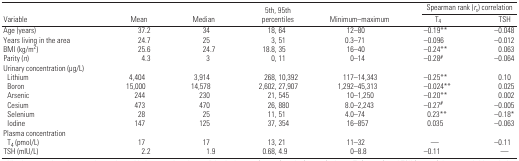
| <ROWSPAN=2> Variable | <ROWSPAN=2> Mean | <ROWSPAN=2> Median | <ROWSPAN=2> 5th, 95th percentiles | <ROWSPAN=2> Minimum–maximum | <COLSPAN=2> Spearman rank (rs) correlation |
 | T4 | TSH |
 | --- | --- | --- | --- | --- | --- | --- |
 | Age (years) | 37.2 | 34 | 18, 64 | 12–80 | −0.19** | −0.048 |
 | Years living in the area | 24.7 | 25 | 3, 51 | 0.3–71 | −0.096 | −0.012 |
 | BMI (kg/m2) | 25.6 | 24.7 | 18.8, 35 | 16–40 | −0.24** | 0.063 |
 | Parity (n) | 4.3 | 3 | 0, 11 | 0–14 | −0.28# | −0.064 |
 | <COLSPAN=7> Urinary concentration (μg/L) |
 | Lithium | 4,404 | 3,914 | 268, 10,392 | 117–14,343 | −0.25** | 0.10 |
 | Boron | 15,000 | 14,578 | 2,602, 27,907 | 1,292–45,313 | −0.024** | 0.025 |
 | Arsenic | 244 | 230 | 21, 545 | 10–1,250 | −0.20** | 0.002 |
 | Cesium | 473 | 470 | 26, 880 | 8.0–2,243 | −0.27# | −0.005 |
 | Selenium | 28 | 25 | 11, 51 | 4.0–74 | 0.23** | −0.18* |
 | Iodine | 147 | 125 | 37, 354 | 16–857 | 0.035 | −0.063 |
 | <COLSPAN=7> Plasma concentration |
 | T4 (pmol/L) | 17 | 17 | 13, 21 | 11–32 | — | −0.11 |
 | TSH (mIU/L) | 2.2 | 1.9 | 0.68, 4.9 | 0–8.8 | −0.11 | — |